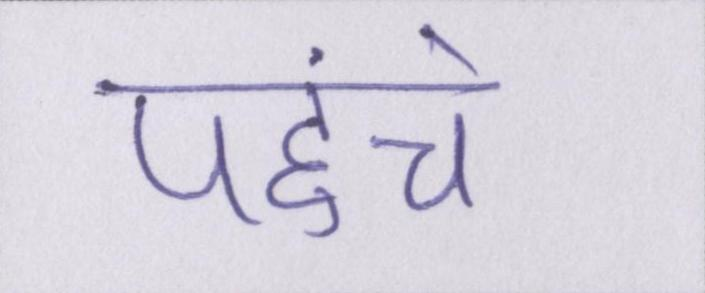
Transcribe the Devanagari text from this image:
पहुंचे।